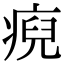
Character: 𤷅